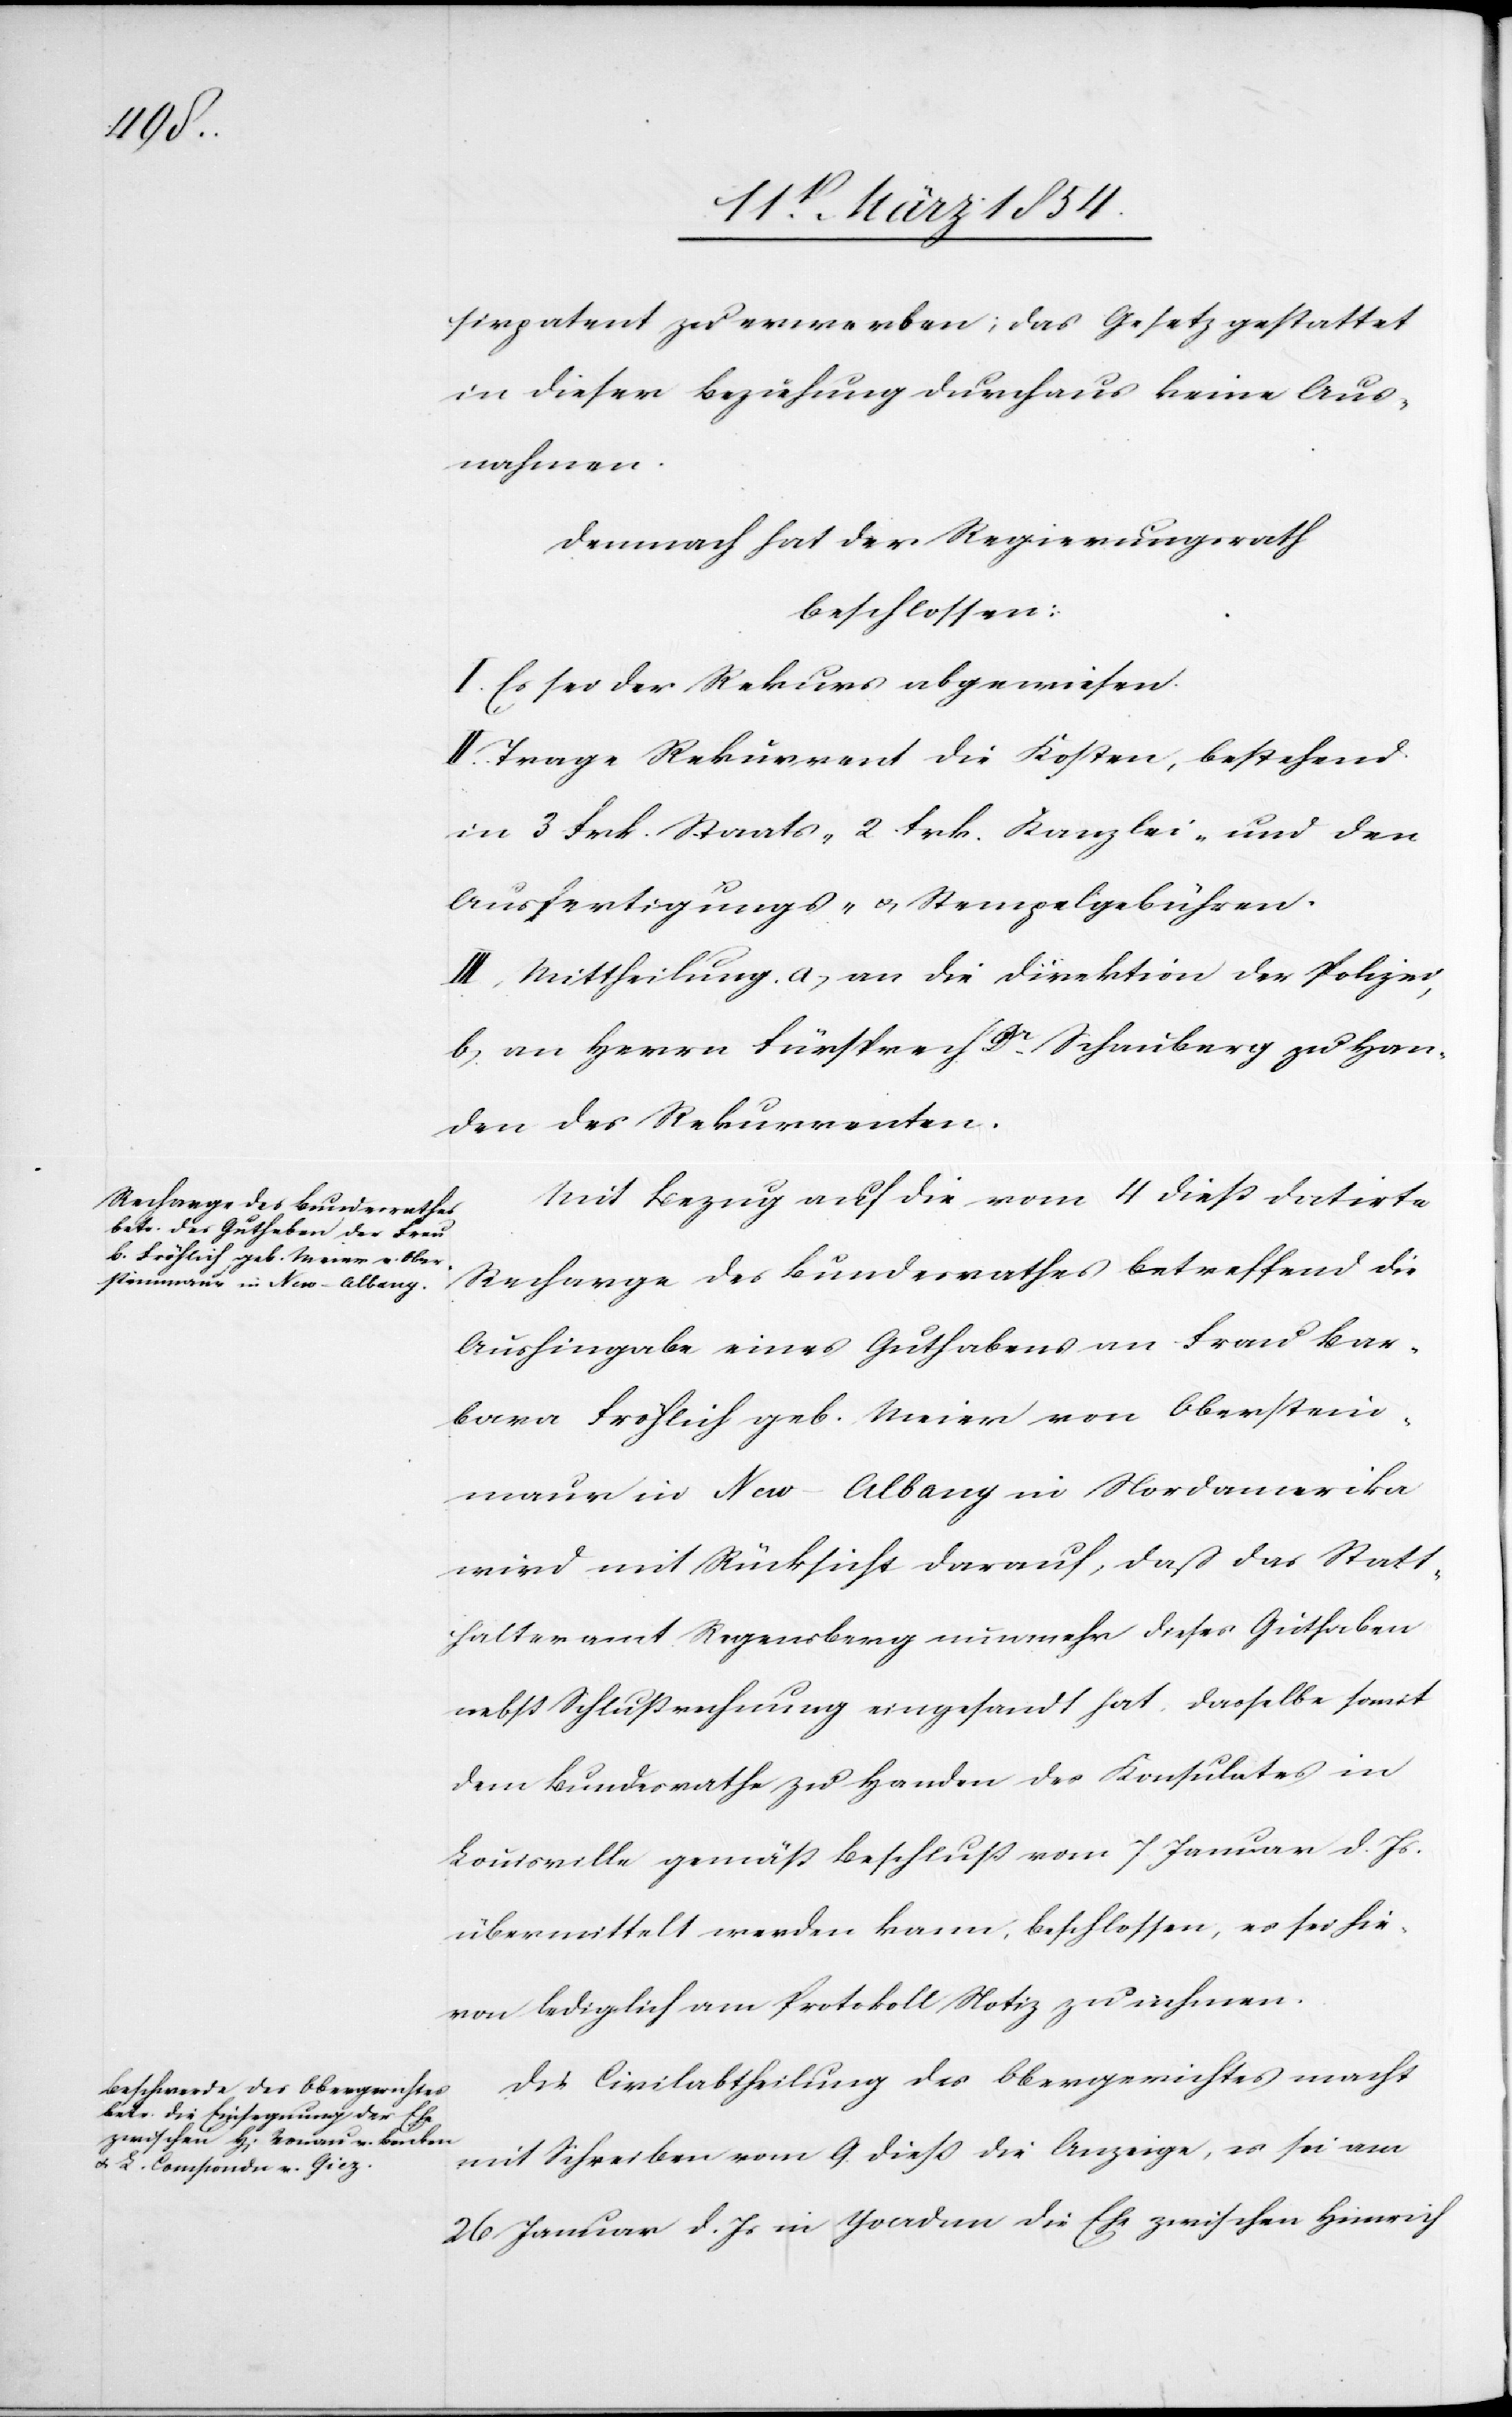
sirpatent zu erwerben; das Gesetz gestattet
in dieser Beziehung durchaus keine Aus¬
nahmen.
Demnach hat der Regierungsrath
beschlossen:
I. Es sei der Rekurs abgewiesen.
II. Trage Rekurrent die Kosten, bestehend
in 3 Frk. Staats-[,] 2 Frk. Kanzlei- und den
Ausfertigungs- u. Stempelgebühren.
III. Mittheilung. a) an die Direktion der Polizei,
b) an Herrn Fürsprech Dr Schauberg zu Han¬
den des Rekurrenten.
Mit Bezug auf die vom 4 dieß datirte
Recharge des Bundesrathes betreffend die
Aushingabe eines Guthabens an Frau Bar¬
bara Fröhlich geb. Meier von Oberstein¬
maur in New-Albany in Nordamerika
wird mit Rücksicht darauf, daß das Statt¬
halteramt Regensberg nunmehr dieses Guthaben
nebst Schlußrechnung eingesandt hat, dasselbe somit
dem Bundesrathe zu Handen des Konsulates in
Louisville gemäß Beschluß vom 7 Januar d. Js
übermittelt werden kann, beschlossen, es sei hie¬
von lediglich am Protokoll Notiz zu nehmen.
Die Civilabtheilung des Obergerichtes macht
mit Schreiben vom 9. dieß die Anzeige, es sei am